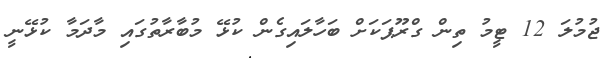
ޖުމުލަ 12 ޓީމު ތިން ގްރޫޕަކަށް ބަހާލައިގެން ކުޅޭ މުބާރާތުގައި މާދަމާ ކުޅޭނީ